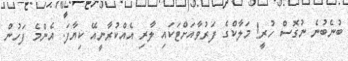
ބުނެބުނެ ނުގޮސް ހުރީ! މަލާކްގެ ފަރުވާއަށްޓަކައި ލާރި އެއްކުރާނީއޭ ކިޔާފަ. އެންމެ ފަހުން